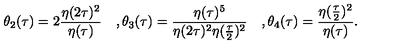
\theta _ { 2 } ( \tau ) = 2 { \frac { \eta ( 2 \tau ) ^ { 2 } } { \eta ( \tau ) } } \quad , \theta _ { 3 } ( \tau ) = { \frac { \eta ( \tau ) ^ { 5 } } { \eta ( 2 \tau ) ^ { 2 } \eta ( { \frac { \tau } { 2 } } ) ^ { 2 } } } \quad , \theta _ { 4 } ( \tau ) = { \frac { \eta ( { \frac { \tau } { 2 } } ) ^ { 2 } } { \eta ( \tau ) } } .